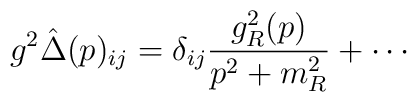
g^2\hat{\Delta}(p)_{ij} = \delta_{ij} \frac{g_R^2(p)}{p^2 + m_R^2} + \cdots